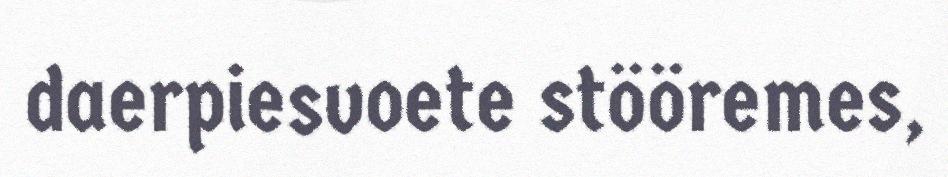
daerpiesvoete stööremes,